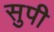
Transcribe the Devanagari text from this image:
सुपी